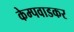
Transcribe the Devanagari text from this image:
केम्पवाडकर